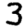
Digit: 3